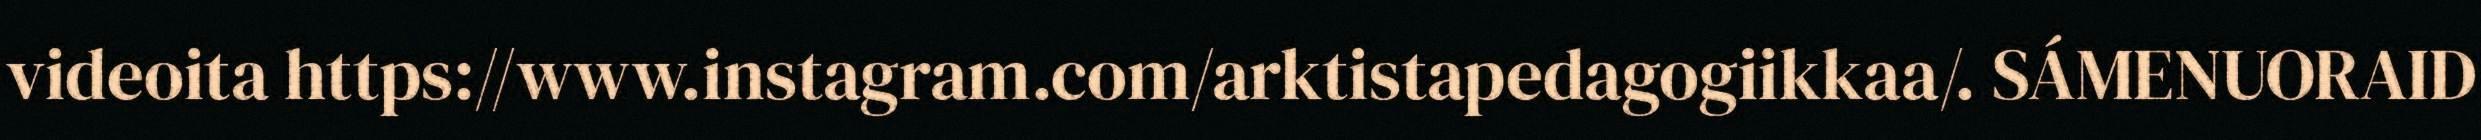
videoita https://www.instagram.com/arktistapedagogiikkaa/. SÁMENUORAID